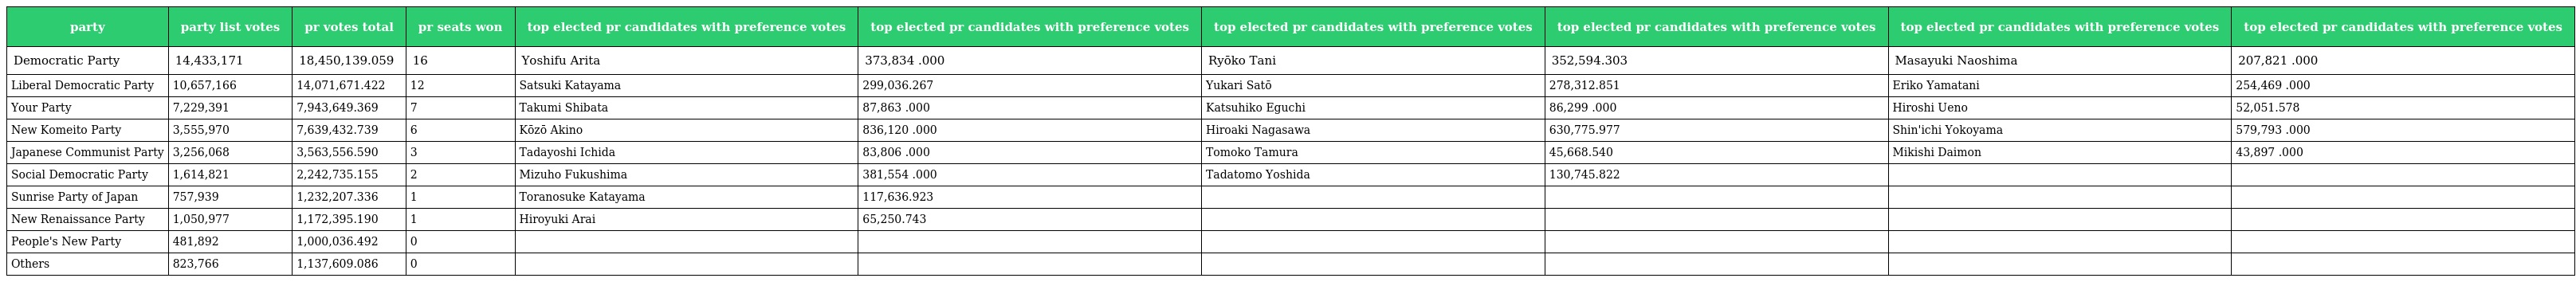
| party | party list votes | pr votes total | pr seats won | top elected pr candidates with preference votes | top elected pr candidates with preference votes | top elected pr candidates with preference votes | top elected pr candidates with preference votes | top elected pr candidates with preference votes | top elected pr candidates with preference votes |
 | --- | --- | --- | --- | --- | --- | --- | --- | --- | --- |
 | Democratic Party | 14,433,171 | 18,450,139.059 | 16 | Yoshifu Arita | 373,834 .000 | Ryōko Tani | 352,594.303 | Masayuki Naoshima | 207,821 .000 |
 | Liberal Democratic Party | 10,657,166 | 14,071,671.422 | 12 | Satsuki Katayama | 299,036.267 | Yukari Satō | 278,312.851 | Eriko Yamatani | 254,469 .000 |
 | Your Party | 7,229,391 | 7,943,649.369 | 7 | Takumi Shibata | 87,863 .000 | Katsuhiko Eguchi | 86,299 .000 | Hiroshi Ueno | 52,051.578 |
 | New Komeito Party | 3,555,970 | 7,639,432.739 | 6 | Kōzō Akino | 836,120 .000 | Hiroaki Nagasawa | 630,775.977 | Shin'ichi Yokoyama | 579,793 .000 |
 | Japanese Communist Party | 3,256,068 | 3,563,556.590 | 3 | Tadayoshi Ichida | 83,806 .000 | Tomoko Tamura | 45,668.540 | Mikishi Daimon | 43,897 .000 |
 | Social Democratic Party | 1,614,821 | 2,242,735.155 | 2 | Mizuho Fukushima | 381,554 .000 | Tadatomo Yoshida | 130,745.822 |  |  |
 | Sunrise Party of Japan | 757,939 | 1,232,207.336 | 1 | Toranosuke Katayama | 117,636.923 |  |  |  |  |
 | New Renaissance Party | 1,050,977 | 1,172,395.190 | 1 | Hiroyuki Arai | 65,250.743 |  |  |  |  |
 | People's New Party | 481,892 | 1,000,036.492 | 0 |  |  |  |  |  |  |
 | Others | 823,766 | 1,137,609.086 | 0 |  |  |  |  |  |  |